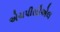
એચપીસીએલ